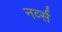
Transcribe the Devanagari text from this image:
नर्व्स